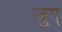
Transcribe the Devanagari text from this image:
जुग्